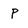
Character: P